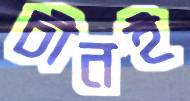
চীনই